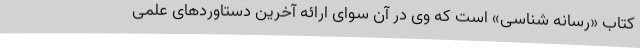
کتاب «رسانه شناسی» است که وی در آن سوای ارائه آخرین دستاوردهای علمی